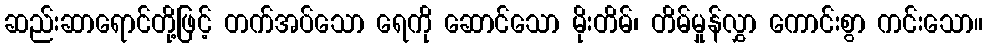
ဆည်းဆာရောင်တို့ဖြင့် တက်အပ်သော ရေကို ဆောင်သော မိုးတိမ်၊ တိမ်မှုန်လွှာ ကောင်းစွာ ကင်းသော။